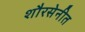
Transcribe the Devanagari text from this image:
शौरसेनीत